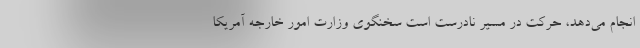
انجام می‌دهد، حرکت در مسیر نادرست است سخنگوی وزارت امور خارجه آمریکا